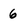
Character: 6